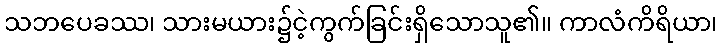
သဘပေခဿ၊ သားမယား၌ငဲ့ကွက်ခြင်းရှိသောသူ၏။ ကာလံကိရိယာ၊